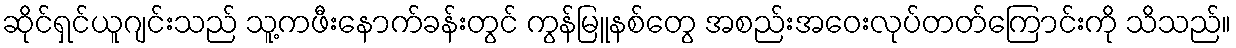
ဆိုင်ရှင်ယူဂျင်းသည် သူ့ကဖီးနောက်ခန်းတွင် ကွန်မြူနစ်တွေ အစည်းအဝေးလုပ်တတ်ကြောင်းကို သိသည်။